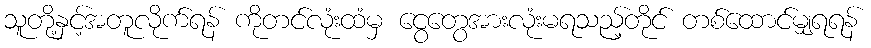
သူတို့နှင့်အတူလိုက်ရန် ကိုတင်လုံးထံမှ ငွေတွေအားလုံးမရသည့်တိုင် တစ်ထောင်မျှရရန်